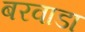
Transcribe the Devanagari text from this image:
बरवाडा